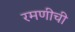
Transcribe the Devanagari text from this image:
रमणीची